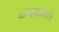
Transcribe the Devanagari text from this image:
छपवाओ।